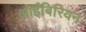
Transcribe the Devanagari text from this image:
आईबिरियन